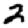
Digit: 2